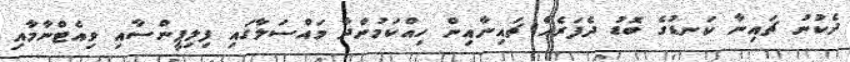
ދެކުނު ޗައިނާ ކަނޑުގެ ބޮޑު ދެފަރެއް ޗައިނާއިން ހިއްކަމުންދާ މައްސަލާގައި ފިލިޕީންސާއި ވިއެޓްނާމާއި